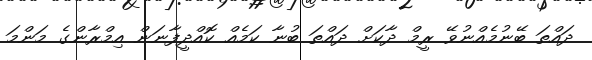
ދައްތަ ބޭނުމެއްނުވޭ ރީމް ދާކަށް ދައްތަ ބުނާ ކަމެއް ކޮއްދީފާނަން އިމްރާންގެ މަންމަ